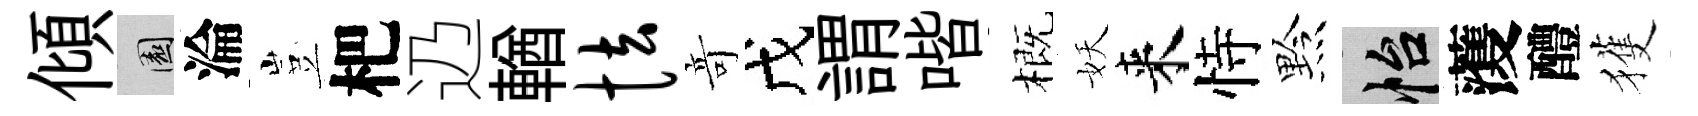
傾園淪豈杷辸輶怯竒戊謂喈概妖来恃黔怡𮑮醴獲